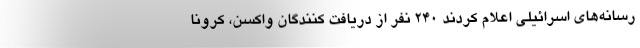
رسانه‌های اسرائیلی اعلام کردند ۲۴۰ نفر از دریافت کنندگان واکسن، کرونا